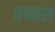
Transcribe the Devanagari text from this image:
वष्कश